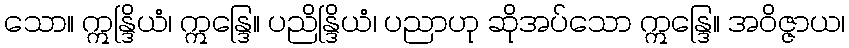
သော။ ဣန္ဒြိယံ၊ ဣန္ဒြေ။ ပညိန္ဒြိယံ၊ ပညာဟု ဆိုအပ်သော ဣန္ဒြေ။ အဝိဇ္ဇာယ၊